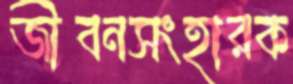
জীবনসংহারক